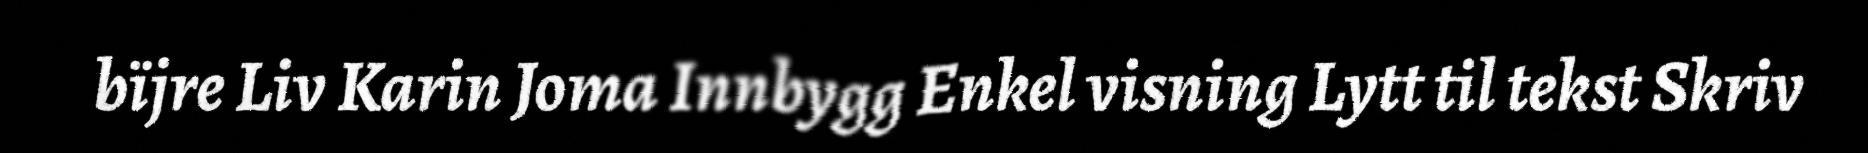
bïjre Liv Karin Joma Innbygg Enkel visning Lytt til tekst Skriv